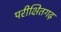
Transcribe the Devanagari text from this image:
परीक्षितगढ़